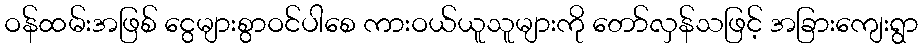
ဝန်ထမ်းအဖြစ် ငွေများစွာဝင်ပါစေ ကားဝယ်ယူသူများကို တော်လှန်သဖြင့် အခြားကျေးရွာ